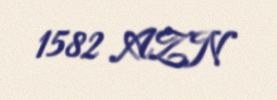
1582 AZN